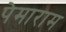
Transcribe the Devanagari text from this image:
पेमाराम